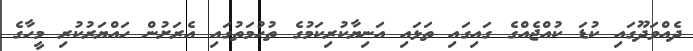
ދެއްވަދޫގައި ކުޑަ ކުއްޖެއްގެ ގައިގައި ތަޅައި އަނިޔާކުރިކަމުގެ ތުހުމަތުގައި އެރަށުން ހައްޔަރުކުރި މީހާގެ